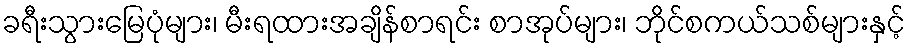
ခရီးသွားမြေပုံများ၊ မီးရထားအချိန်စာရင်း စာအုပ်များ၊ ဘိုင်စကယ်သစ်များနှင့်